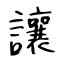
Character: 讓